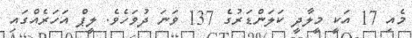
މެއި 17 އަކީ މީލާދީ ކަލަންޑަރުގެ 137 ވަނަ ދުވަހެވެ. ލީޕް އަހަރެއްގައި